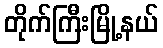
တိုက်ကြီးမြို့နယ်